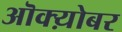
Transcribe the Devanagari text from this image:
ऒक्य़ोबर